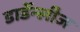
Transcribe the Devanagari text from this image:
डार्डेन्लीज